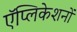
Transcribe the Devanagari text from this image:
ऍप्लिकेशनों